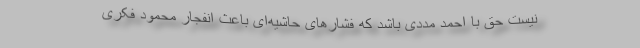
نیست حق با احمد مددی باشد که فشارهای حاشیه‌ای باعث انفجار محمود فکری